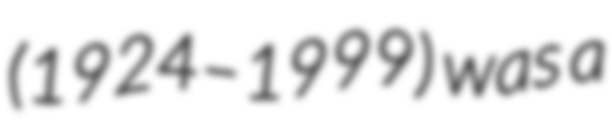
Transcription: (1924–1999) was a